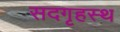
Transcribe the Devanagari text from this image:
सदगृहस्थ